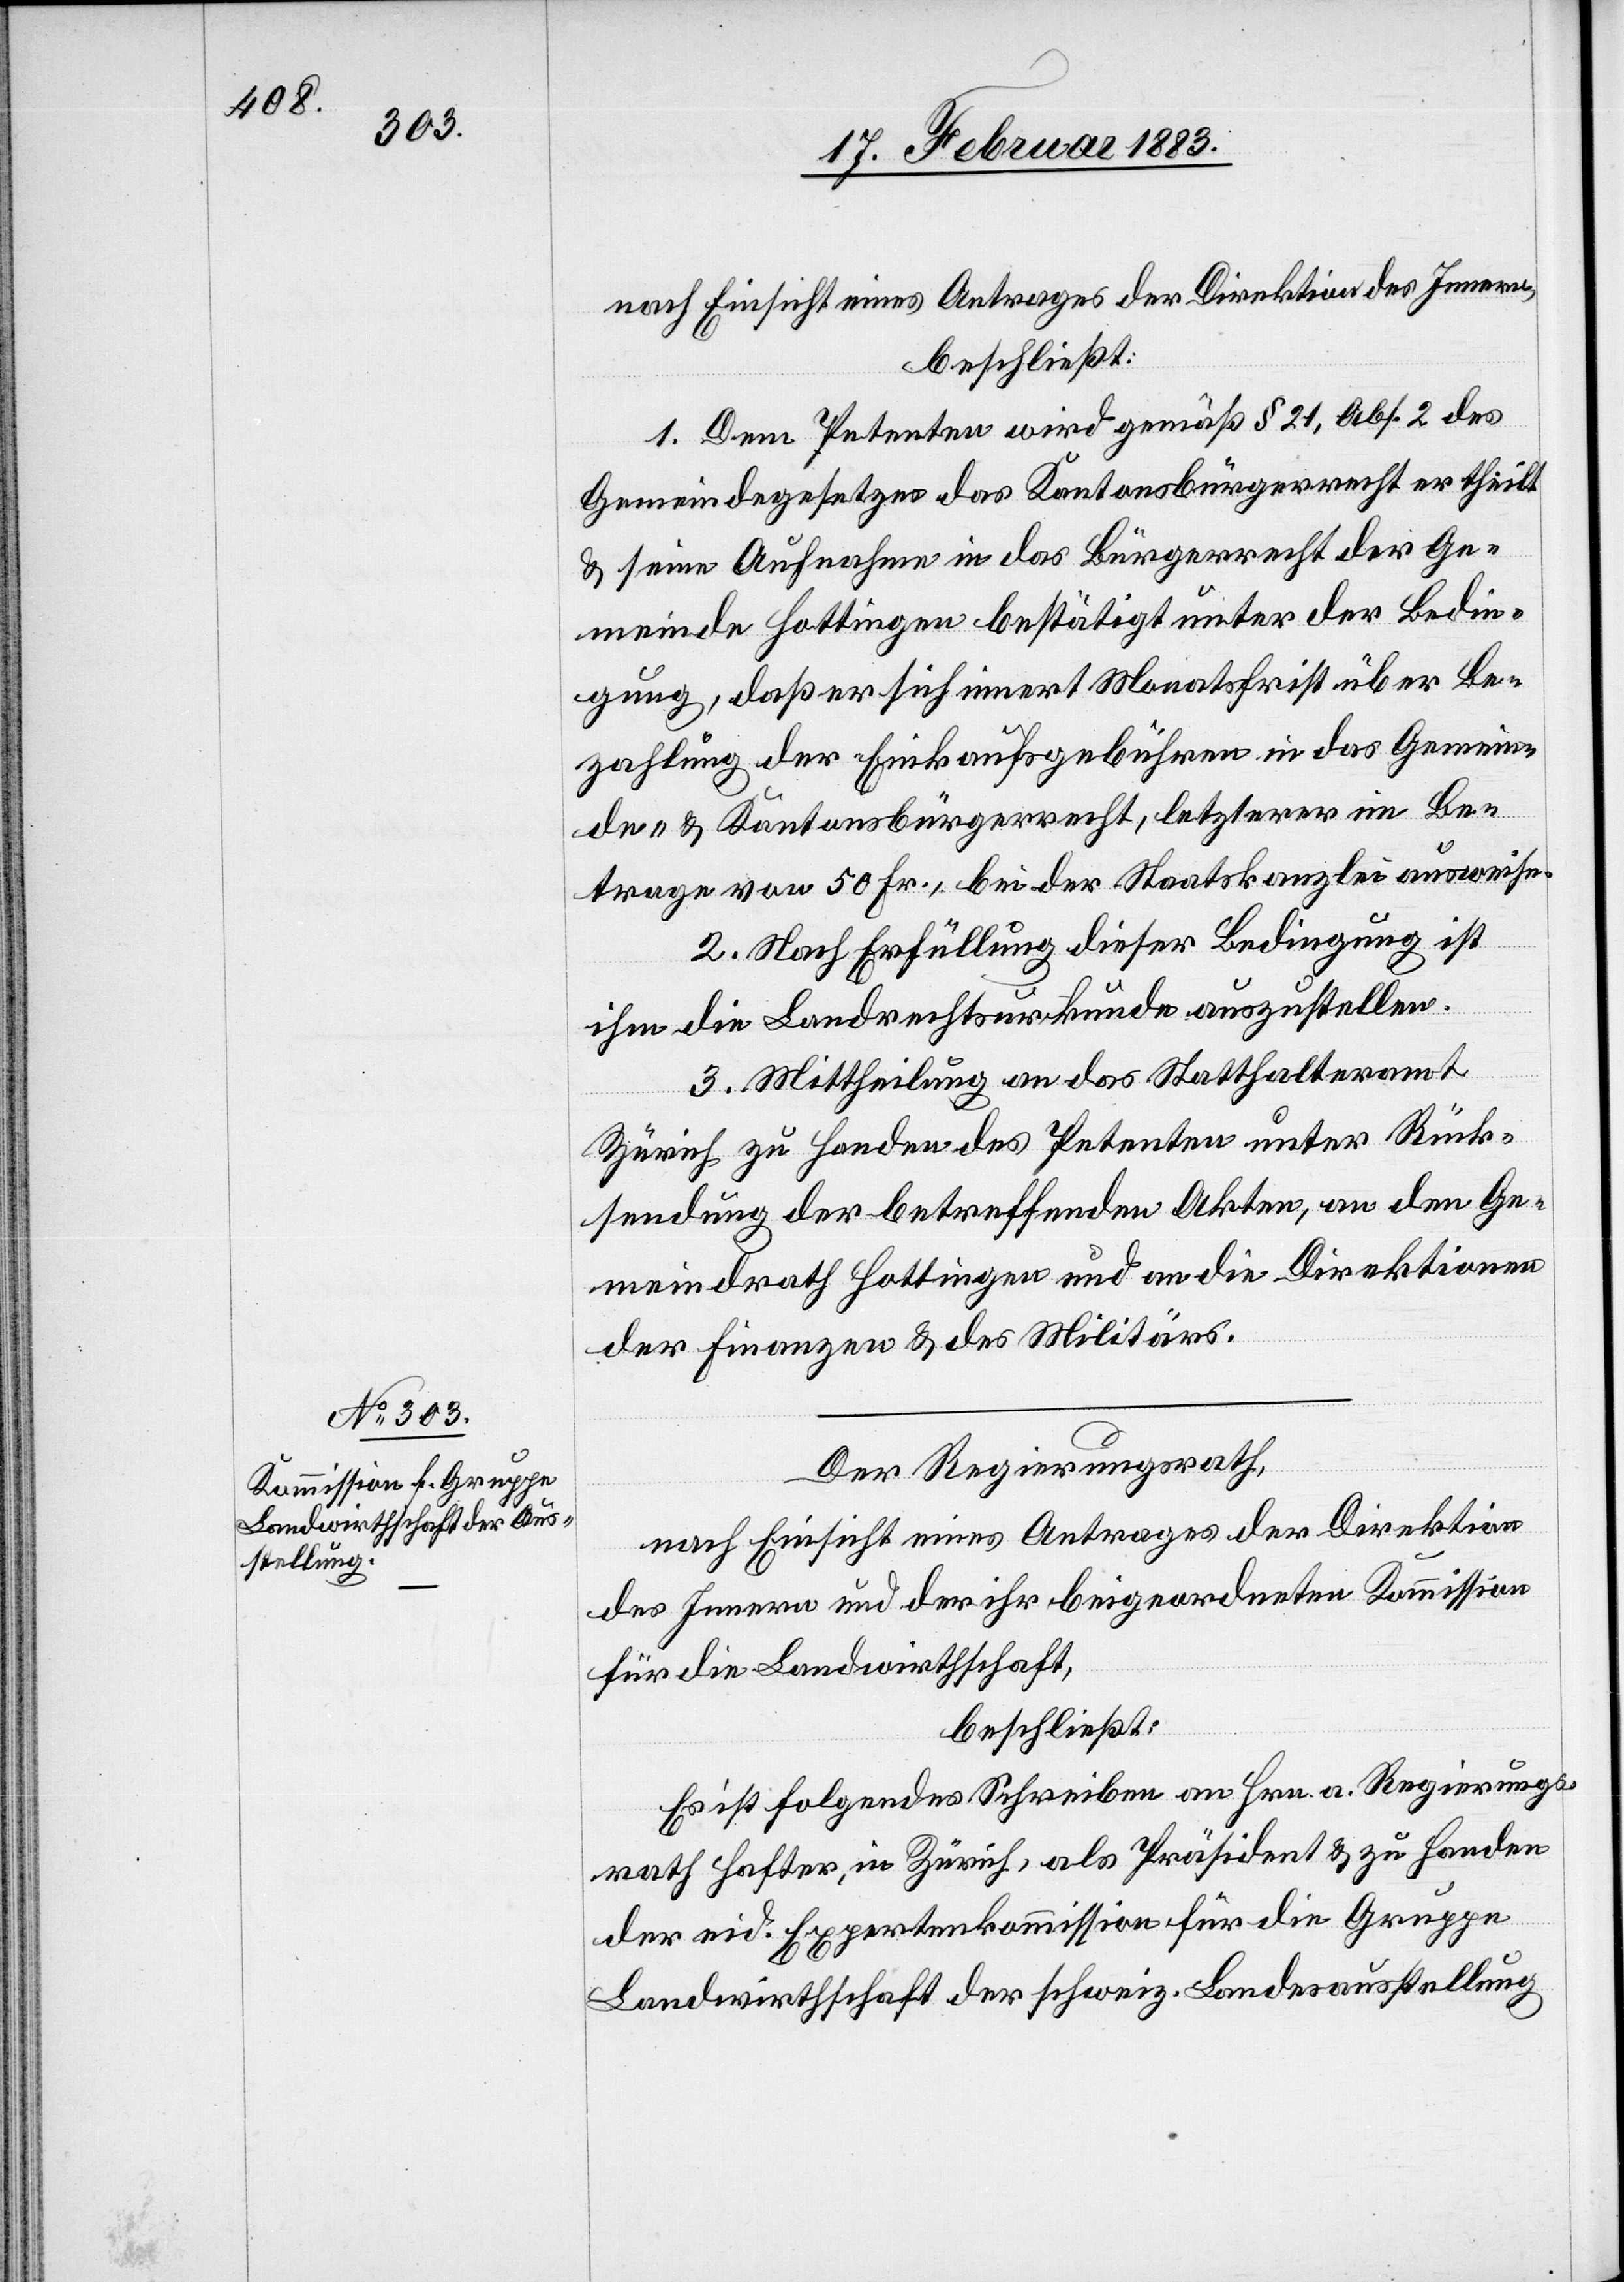
nach Einsicht eines Antrages der Direktion des Innern,
beschließt:
1. Dem Petenten wird gemäß § 21, Abs. 2 des
Gemeindegesetzes das Kantonsbürgerrecht ertheilt
& seine Aufnahme in das Bürgerrecht der Ge¬
meinde Hottingen bestätigt unter der Bedin¬
gung, daß er sich innert Monatsfrist über Be¬
zahlung der Einkaufsgebühren in das Gemein¬
de- & Kantonsbürgerrecht, letzterer im Be¬
trage von 50 Fr., bei der Staatskanzlei ausweise.
2. Nach Erfüllung dieser Bedingung ist
ihm die Landrechtsurkunde auszustellen.
3. Mittheilung an das Statthalteramt
Zürich zu Handen des Petenten unter Rück¬
sendung der betreffenden Akten, an den Ge¬
meindrath Hottingen und an die Direktionen
der Finanzen & des Militärs.
Der Regierungsrath,
nach Einsicht eines Antrages der Direktion
des Innern und der ihr beigeordneten Kommission
für die Landwirthschaft,
beschließt:
Es ist folgendes Schreiben an Hrn. a. Regierungs¬
rath Hafter, in Zürich, als Präsident & zu Handen
der eid. Expertenkommission für die Gruppe
Landwirthschaft der schweiz. Landesausstellung